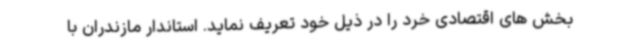
بخش های اقتصادی خرد را در ذیل خود تعریف نماید. استاندار مازندران با